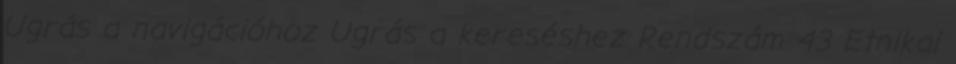
Ugrás a navigációhoz Ugrás a kereséshez Rendszám 43 Etnikai